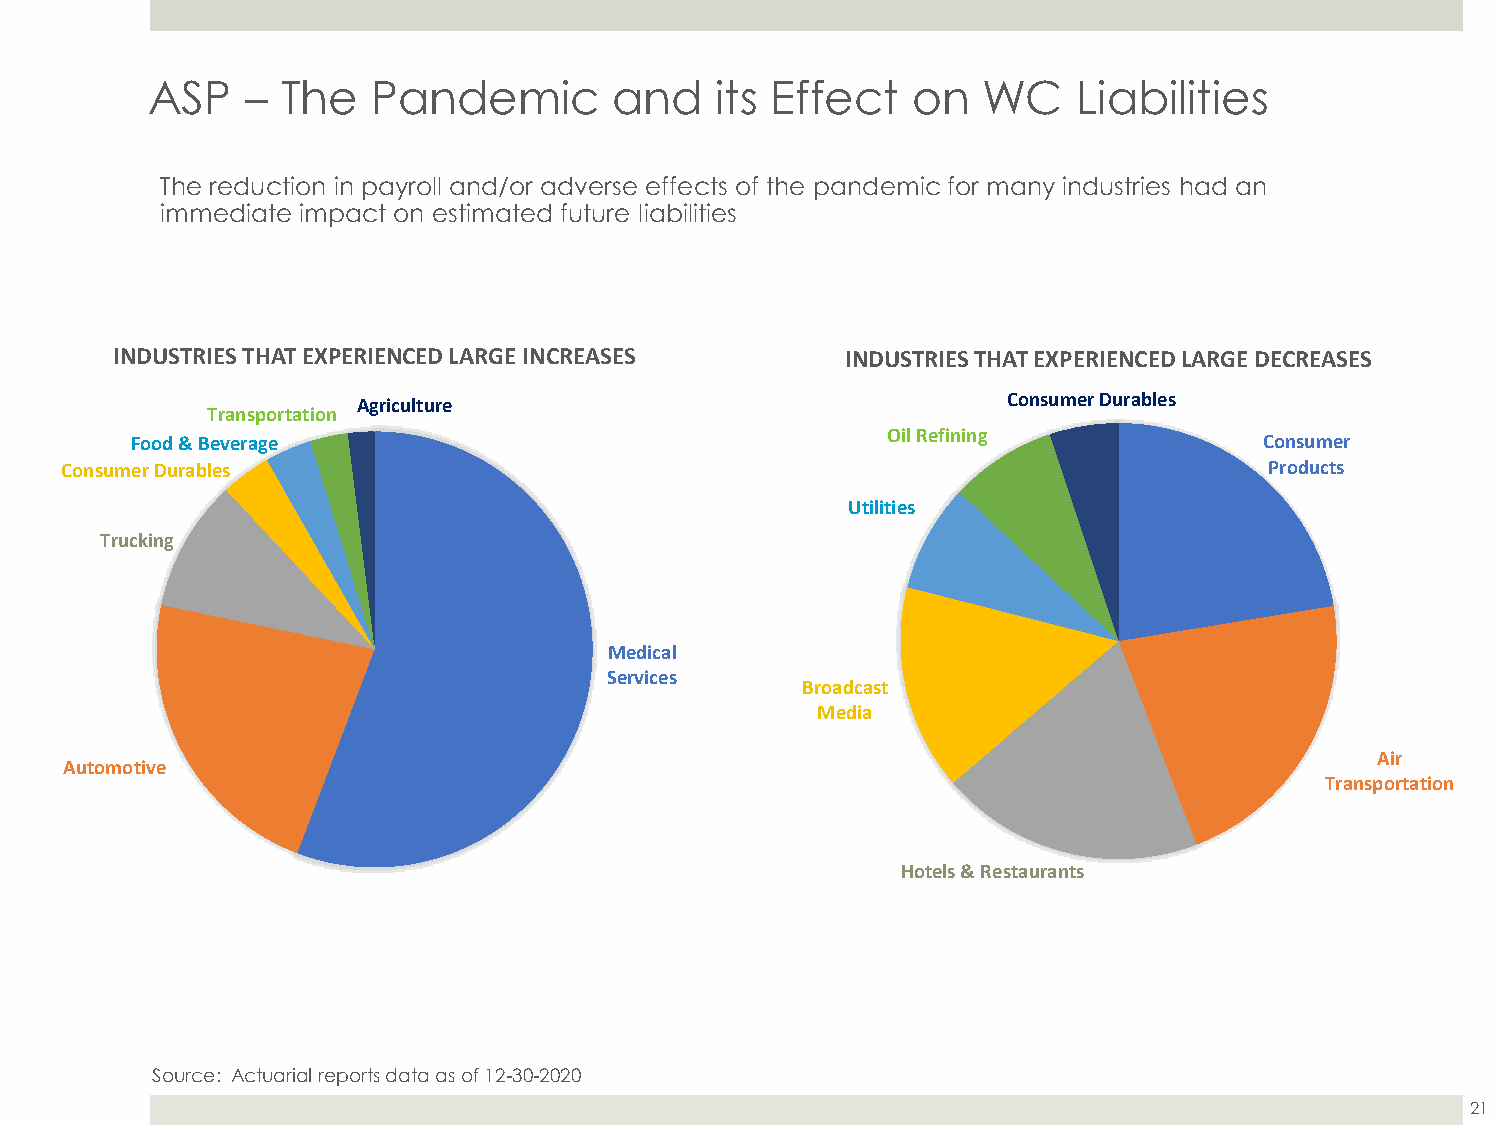
ASP   –  The   Pandemic        and   its Effect   on   WC    Liabilities
 The reduction in payroll and/or adverse effects of the pandemic for many industries had an
 immediate impact on estimated future liabilities
 INDUSTRIES THAT EXPERIENCED LARGE INCREASES      INDUSTRIES THAT EXPERIENCED LARGE DECREASES
 Agriculture                                Consumer Durables
 Transportation
 Oil Refining
 Food & Beverage                                                            Consumer
 Consumer Durables                                                               Products
 Utilities
 Trucking
 Medical
 Services
 Broadcast
 Media
 Air
 Automotive
 Transportation
 Hotels & Restaurants
 Source: Actuarial reports data as of 12-30-2020
 21